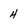
Character: 4